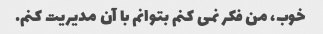
خوب، من فکر نمی کنم بتوانم با آن مدیریت کنم.